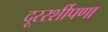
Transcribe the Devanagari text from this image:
दूररर्शीपणा